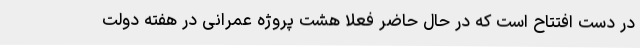
در دست افتتاح است که در حال حاضر فعلا هشت پروژه عمرانی در هفته دولت